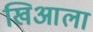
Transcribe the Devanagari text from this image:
खिआला